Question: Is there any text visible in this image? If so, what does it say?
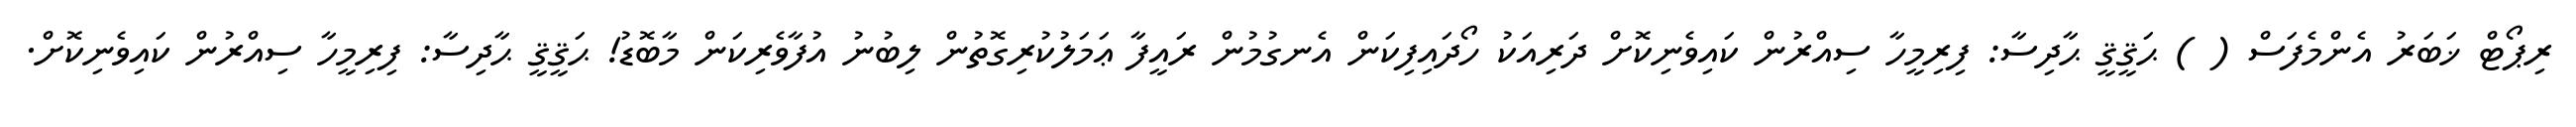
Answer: ރިޕޯޓް ޚަބަރު އެންމެފަސް ( ) ޙަޤީޤީ ޙާދިސާ: ފިރިމީހާ ސިއްރުން ކައިވެނިކޮށް ދަރިއަކު ހޯދައިފިކަން އެނގުމުން ރައީފާ ޢަމަލުކުރިގޮތުން ލިބުނު އުފާވެރިކަން މާބޮޑު! ޙަޤީޤީ ޙާދިސާ: ފިރިމީހާ ސިއްރުން ކައިވެނިކޮށް.